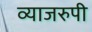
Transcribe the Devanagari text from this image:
व्याजरुपी